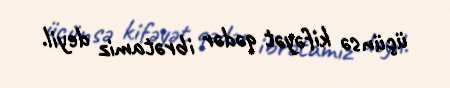
üçünsə kifəyət qədər ibrətamiz deyil.